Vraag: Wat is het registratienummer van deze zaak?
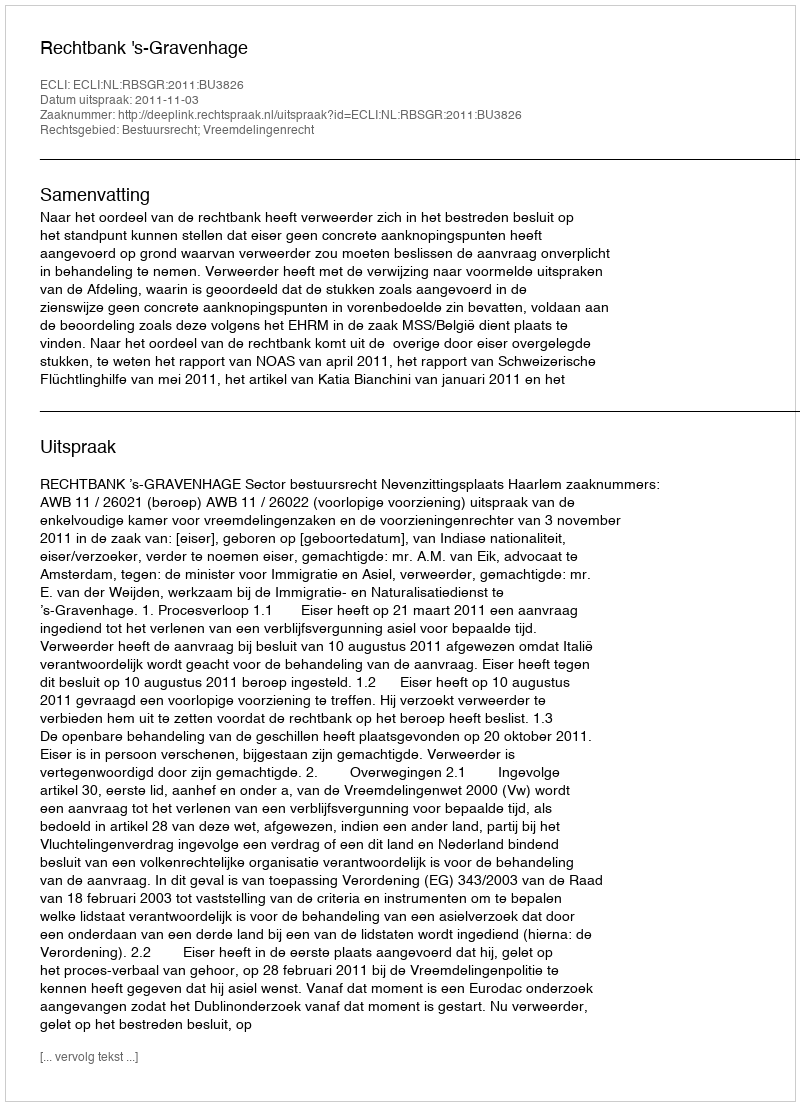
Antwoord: http://deeplink.rechtspraak.nl/uitspraak?id=ECLI:NL:RBSGR:2011:BU3826